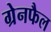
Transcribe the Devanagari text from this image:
ग्रेनफैल